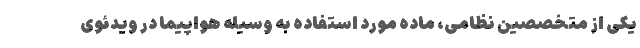
یکی از متخصصین نظامی، ماده مورد استفاده به وسیله هواپیما در ویدئوی